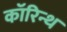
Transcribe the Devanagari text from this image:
कॉरिन्थ